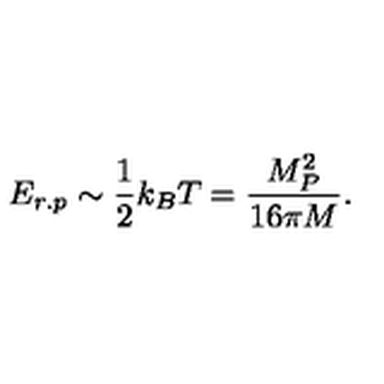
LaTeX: E _ { r . p } \sim \frac { 1 } { 2 } k _ { B } T = \frac { M _ { P } ^ { 2 } } { 1 6 \pi M } .